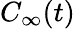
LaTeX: C_{\infty}(t)